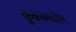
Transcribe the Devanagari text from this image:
कुकरमधील